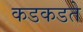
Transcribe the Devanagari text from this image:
कडकडते